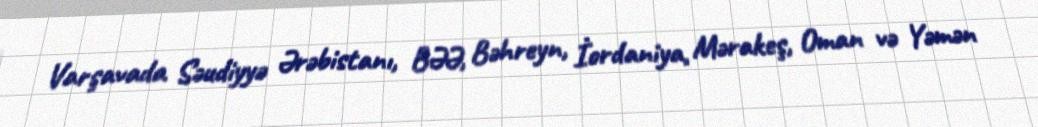
Varşavada Səudiyyə Ərəbistanı, BƏƏ, Bəhreyn, İordaniya, Mərakeş, Oman və Yəmən